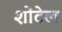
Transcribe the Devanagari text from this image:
शोंटेल